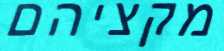
מקציהם